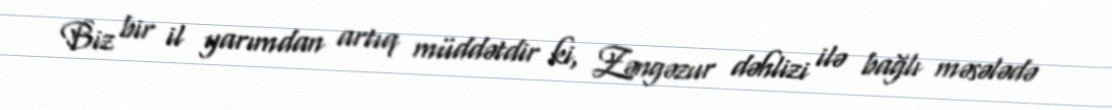
Biz bir il yarımdan artıq müddətdir ki, Zəngəzur dəhlizi ilə bağlı məsələdə